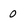
Character: 0